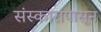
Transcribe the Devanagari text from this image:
संस्कारांपासून